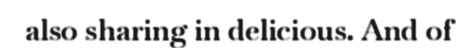
also sharing in delicious. And of